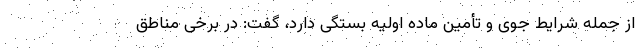
از جمله شرایط جوی و تأمین ماده اولیه بستگی دارد، گفت: در برخی مناطق